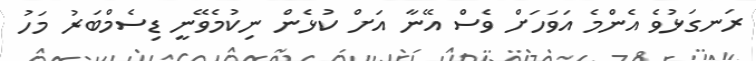
ރަނގަޅުވެ އެންމެ އަވަހަށް ވެސް އޭނާ އަށް ކުޅެން ނިކުމެވޭނީ ޑިސެމްބަރު މަހު